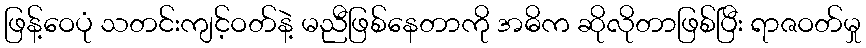
ဖြန့်ဝေပုံ သတင်းကျင့်ဝတ်နဲ့ မညီဖြစ်နေတာကို အဓိက ဆိုလိုတာဖြစ်ပြီး ရာဇဝတ်မှု